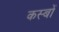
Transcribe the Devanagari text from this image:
कस्‍बों